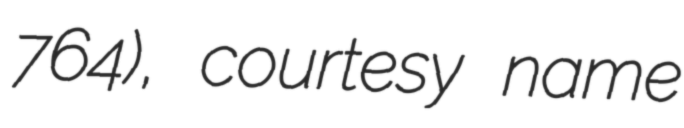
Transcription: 764), courtesy name